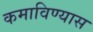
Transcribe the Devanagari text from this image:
कमाविण्यास